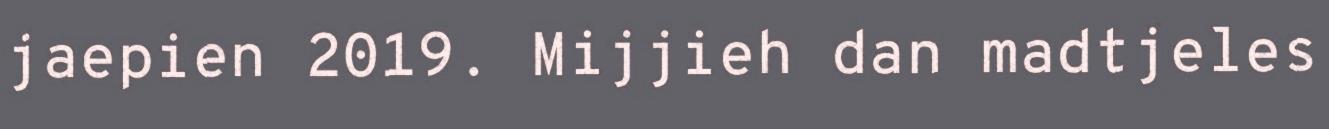
jaepien 2019. Mijjieh dan madtjeles